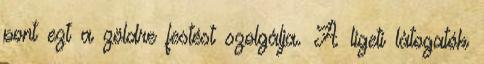
pont ezt a zöldre festést szolgálja. A ligeti látogatók